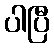
ပါပြီ